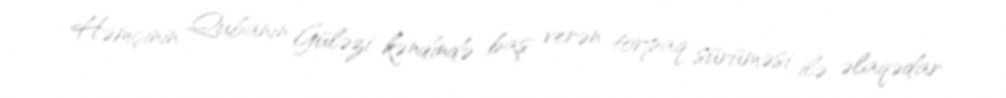
Həmçinin Qubanın Güləzi kəndində baş verən torpaq sürüməsi ilə əlaqədar